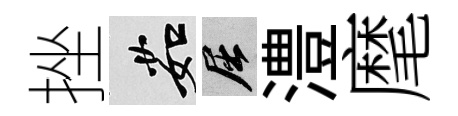
挫茹屈澧麾